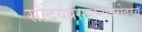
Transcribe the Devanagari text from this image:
सौंदर्यप्रसाधनाबरोबरच